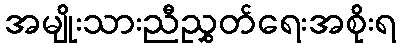
အမျိုးသားညီညွှတ်ရေးအစိုးရ